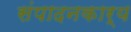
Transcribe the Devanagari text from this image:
संपादनकार्य